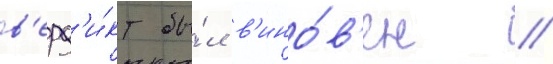
в'ерд'и́кт бы́л в'ино́в'ен /